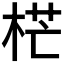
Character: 𣒣